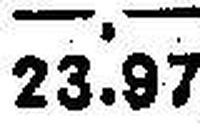
23.97